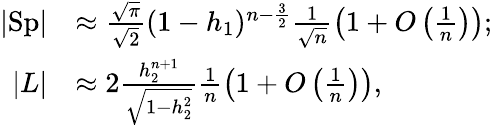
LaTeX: \begin{array}{rl}{|\textup{Sp}|}&{\approx\frac{\sqrt{\pi}}{\sqrt{2}}(1-h_{1})^{n-\frac 32}\frac 1{\sqrt{n}}\left(1+O\left(\frac 1n\right)\right);}\\ {|L|}&{\approx 2\frac{h_{2}^{n+1}}{\sqrt{1-h_{2}^{2}}}\frac 1n\left(1+O\left(\frac 1n\right)\right),}\end{array}